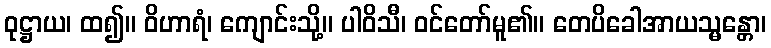
ဝုဋ္ဌာယ၊ ထ၍။ ဝိဟာရံ၊ ကျောင်းသို့။ ပါဝိသီ၊ ဝင်တော်မူ၏။ တေပိခေါအာယသ္မန္တော၊